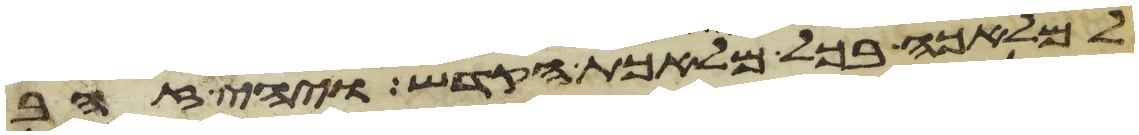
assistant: למלאכה בכל מלאכת הקדש ויהי זהב